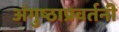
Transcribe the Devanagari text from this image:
अंगुष्ठाप्रवर्तनी